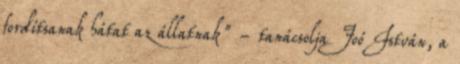
fordítsanak hátat az állatnak" - tanácsolja Joó István, a